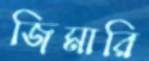
জিমারি